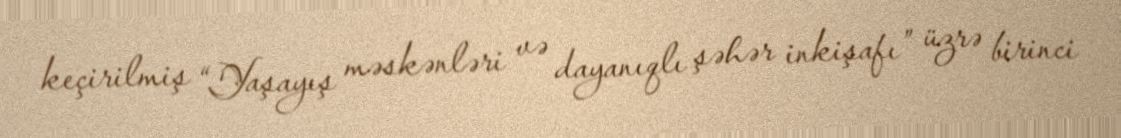
keçirilmiş “Yaşayış məskənləri və dayanıqlı şəhər inkişafı” üzrə birinci